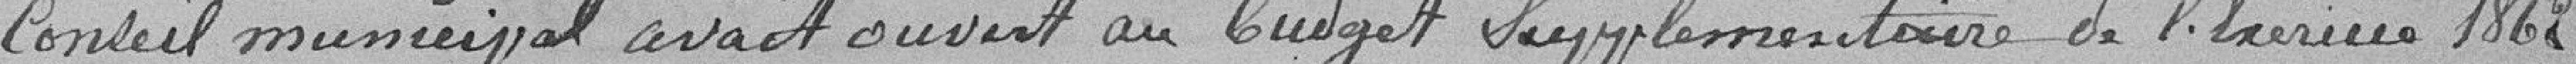
Conseil municipal avait ouvert au budget supplémentaire de l'exercice 1862,